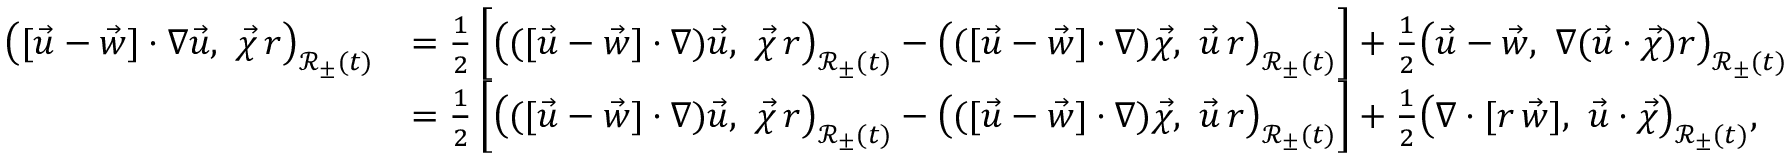
\begin{array} { r l } { \bigl ( [ \vec { u } - \vec { w } ] \cdot \nabla \vec { u } , ~ \vec { \chi } \, r \bigr ) _ { \mathscr { R } _ { \pm } ( t ) } } & { = \frac { 1 } { 2 } \left[ \bigl ( ( [ \vec { u } - \vec { w } ] \cdot \nabla ) \vec { u } , ~ \vec { \chi } \, r \bigr ) _ { \mathscr { R } _ { \pm } ( t ) } - \bigl ( ( [ \vec { u } - \vec { w } ] \cdot \nabla ) \vec { \chi } , ~ \vec { u } \, r \bigr ) _ { \mathscr { R } _ { \pm } ( t ) } \right] + \frac { 1 } { 2 } \bigl ( \vec { u } - \vec { w } , ~ \nabla ( \vec { u } \cdot \vec { \chi } ) r \bigr ) _ { \mathscr { R } _ { \pm } ( t ) } } \\ & { = \frac { 1 } { 2 } \left[ \bigl ( ( [ \vec { u } - \vec { w } ] \cdot \nabla ) \vec { u } , ~ \vec { \chi } \, r \bigr ) _ { \mathscr { R } _ { \pm } ( t ) } - \bigl ( ( [ \vec { u } - \vec { w } ] \cdot \nabla ) \vec { \chi } , ~ \vec { u } \, r \bigr ) _ { \mathscr { R } _ { \pm } ( t ) } \right] + \frac { 1 } { 2 } \bigl ( \nabla \cdot [ r \, \vec { w } ] , ~ \vec { u } \cdot \vec { \chi } \bigr ) _ { \mathscr { R } _ { \pm } ( t ) } , } \end{array}